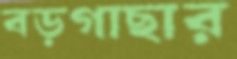
বড়গাছার